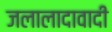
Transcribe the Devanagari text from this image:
जलालादावादी